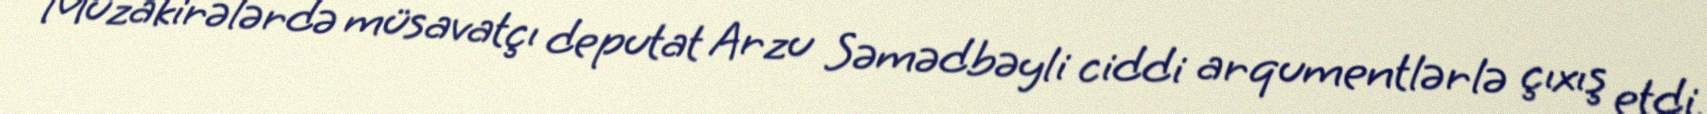
Müzakirələrdə müsavatçı deputat Arzu Səmədbəyli ciddi arqumentlərlə çıxış etdi.